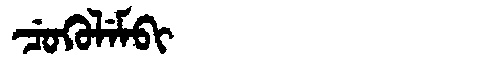
Manchu: ᠴᡠᡴᡠᠯᡝᠮᠪᡳ
Romanization: CUKULEMBI